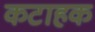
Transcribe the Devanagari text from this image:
कटाहक